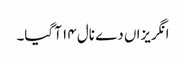
انگریزاں دے نال ١٤ آ گیا۔